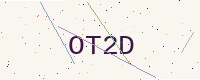
Text: OT2D